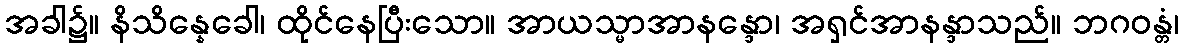
အခါ၌။ နိသိန္နေခေါ၊ ထိုင်နေပြီးသော။ အာယသ္မာအာနန္ဒော၊ အရှင်အာနန္ဒာသည်။ ဘဂဝန္တံ၊